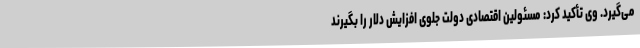
می‌گیرد. وی تأکید کرد: مسئولین اقتصادی دولت جلوی افزایش دلار را بگیرند